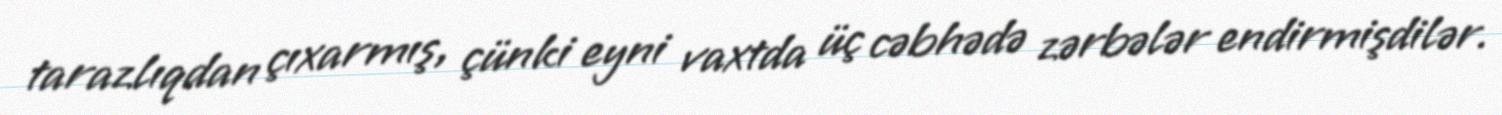
tarazlıqdan çıxarmış, çünki eyni vaxtda üç cəbhədə zərbələr endirmişdilər.